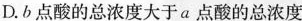
D.b点酸的总浓度大于a点酸的总浓度